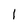
Character: I